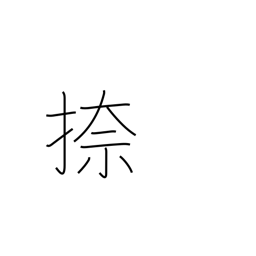
Meaning: print